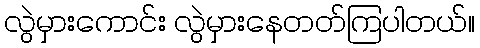
လွဲမှားကောင်း လွဲမှားနေတတ်ကြပါတယ်။